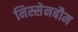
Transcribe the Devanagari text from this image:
निस्सेनबौम